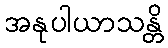
အနုပါယာသန္တိ